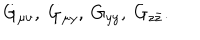
G _ { \mu \nu } , \ G _ { \mu y } , \ G _ { y y } , \ G _ { z \bar { z } } .